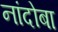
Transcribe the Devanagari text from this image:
नांदोबा